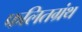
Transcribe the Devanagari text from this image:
फलितग्रंथ